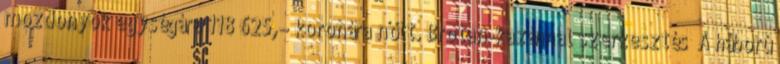
mozdonyok egységára 118 625,– koronára nőtt. Brotan-kazánnal szerkesztés A háború